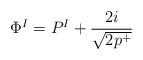
LaTeX: \begin{align*}\Phi^I = P^I+\frac{2i}{\sqrt{2 p^+}}\end{align*}